Report on inoculation in the plague infected areas of the Punjab and its dependencies from October 1900 to September 1901
Year: 1900
Disease focus: Plague
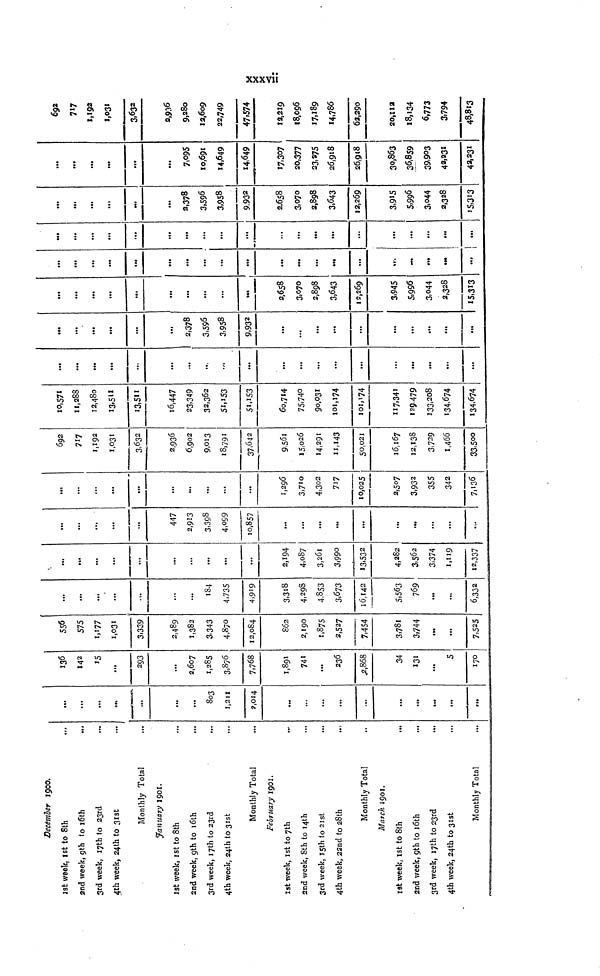
xxxvii
December 1900.
1st week, 1st to 8th
...
2nd week, 9th to 16th
..,
3rd week, 17th to 23rd
4th week, 24th to 31st
Monthly Total
January 1901.
1st week, 1st to 8th
2nd week, 9th to 16th
3rd week, 17th to 23rd
4th week, 24th to 31st
Monthly Total
February 1901.
1st week, 1st to 7th
2nd week, 8th to 14th
3rd week, 15th to 21st
4th week, 22nd to 28th
Monthly Total
March 1901.
1st week, 1st to 8th
...
2nd week, 9th to 16th
...
3rd week, 17th to 23rd
4th week, 24th to 31st
Monthly Total
...
...
...
...
•••
...
803
1,211
2,014
...
..,
...
...
...
...
.4.
...
,..
...
136
142
15
...
293
...
2,607
1,285
3,876
7.768
1,891
741
...
236
2,868
34
131
...
5
170
575
1,177
1,031
3.339
2,489
1,382
3.343
4,870
12,084
862
2,190
1,875
2,527
7,454
3,781
3,744
...
...
7,525
...
...
...
...
.,.
...
...
184
4.73S
4,919
3,318
4,298
4,853
3,673
16,142
5,563
769
...
...
6,332
...
...
...
...
...
....
...
...
...
...
2,194
4,087
3,261
3,990
13,532
4,282
3,562
3,374
1,119
12,337
...
...
...
...
...
447
2,913
3.398
4,099
10,857
...
...
...
...
...
...
...
...
...
...
...
...
...
...
...
...
...
...
...
...
1,296
3,710
4,302
717
10,025
2,507
3,932
355
342
7,136
692
717
1,192
1,031
3,632
2,936
6,902
9,013
18,791
37,642
9,561
15,026
14,291
11,143
50,021
16,167
12,138
3,729
1,466
33,500
10,571
11,288
12,480
13,511
13,511
16,447
23,349
32,362
51,153
51,153
60,714
75,740
90,031
101,174
101,174
117,341
129,479
133,208
134,674
134.674
...
...
...
...
...
...
...
...
.,.
...
...
...
...
...
...
...
...
...
...
«••
...
...
...
...
...
2,378
3.596
3,958
9,932
...
...
...
...
...
...
...
...
...
...
...
...
...
...
...
...
2,658
3,070
2,898
3,643
12,269
3,945
5.996
3,044
2,328
15,313
...
...
...
...
...
...
...
...
...
...
...
...
...
...
...
...
...
...
...
...
...
...
...
...
...
...
...
...
...
...
...
i —
2,378
3,596
3,958
9,932
2,658
3,070
2,898
3,643
12,269
3,915
5,996
3.044
2,328
15,313
...
...
...
•••
...
...
7,095
10,691
14,649
14,649
17,307
20,377
23,275
26,918
26,9(8
30,863
36,859
39,903
42,231
42,231
692
717
1,192
1,031
3,632
2,936
9,280
12,609
22,749
47,574
12,219
18,096
17,189
14,786
62,290
20,112
18,134
6,773
3,794
48,813